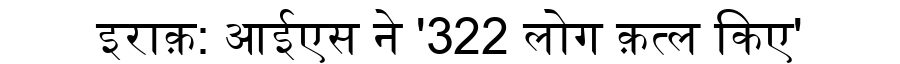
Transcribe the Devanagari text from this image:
इराक़: आईएस ने '322 लोग क़त्ल किए'